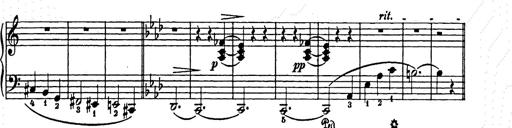
Title: Elegy No.1
Composer: Franz Liszt
Key: A-flat major